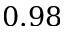
0 . 9 8